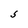
Character: S